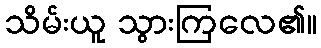
သိမ်းယူ သွားကြလေ၏။